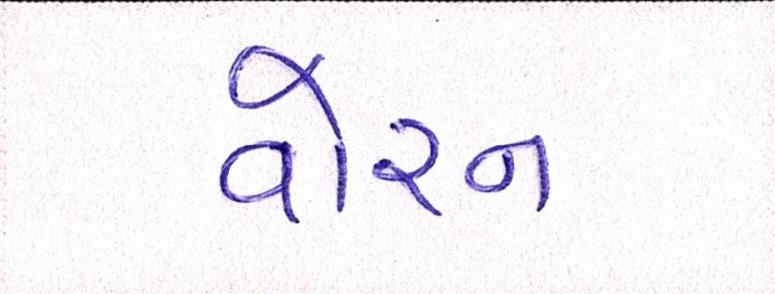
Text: વોરન